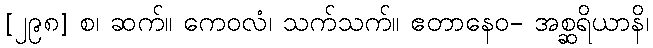
[၂၉၈] စ၊ ဆက်။ ကေဝလံ၊ သက်သက်။ ဧတာနေဝ- အစ္ဆရိယာနိ၊